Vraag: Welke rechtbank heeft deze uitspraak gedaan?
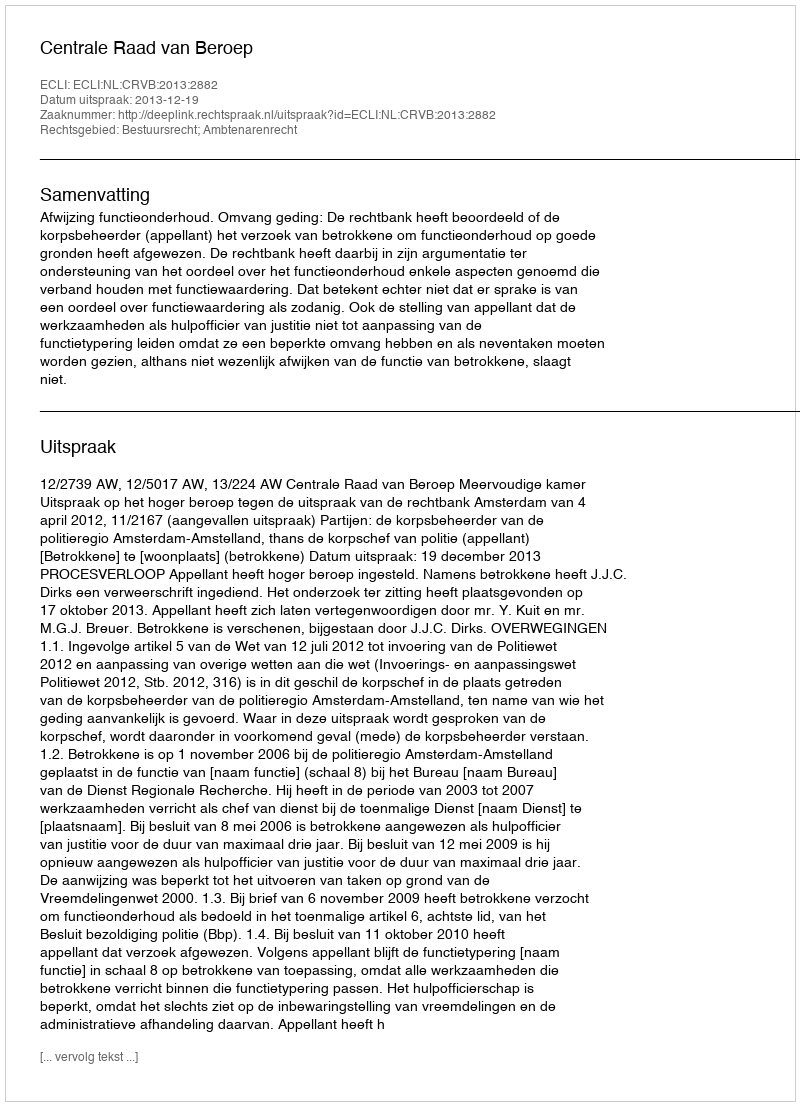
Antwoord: Centrale Raad van Beroep